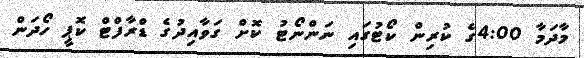
މާދަމާ 4:00ގެ ކުރިން ކޯޓުގައި ނަންނޯޓު ކޮށް ގަވާއިދުގެ ޑްރާފްޓް ކޮޕީ ހޯދަން